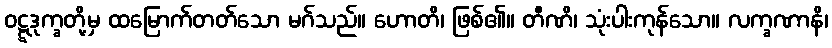
ဝဋ္ဋဒုက္ခတို့မှ ထမြောက်တတ်သော မဂ်သည်။ ဟောတိ၊ ဖြစ်၏။ တီဏိ၊ သုံးပါးကုန်သော။ လက္ခဏာနိ၊